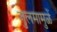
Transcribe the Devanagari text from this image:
जुलमामुळें